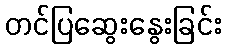
တင်ပြဆွေးနွေးခြင်း